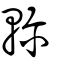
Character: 軫